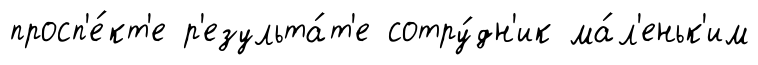
просп'е́кт'е р'езульта́т'е сотру́дн'ик ма́л'еньк'им